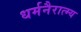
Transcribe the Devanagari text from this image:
धर्मनैरात्म्य